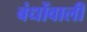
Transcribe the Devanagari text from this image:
बंधोंवाली